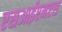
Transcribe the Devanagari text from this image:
एसआईएमएस